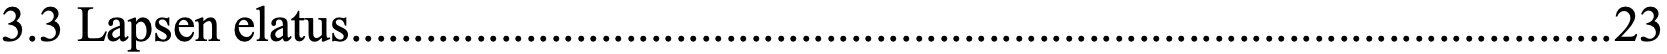
3.3 Lapsen elatus..................................................................................................... 23